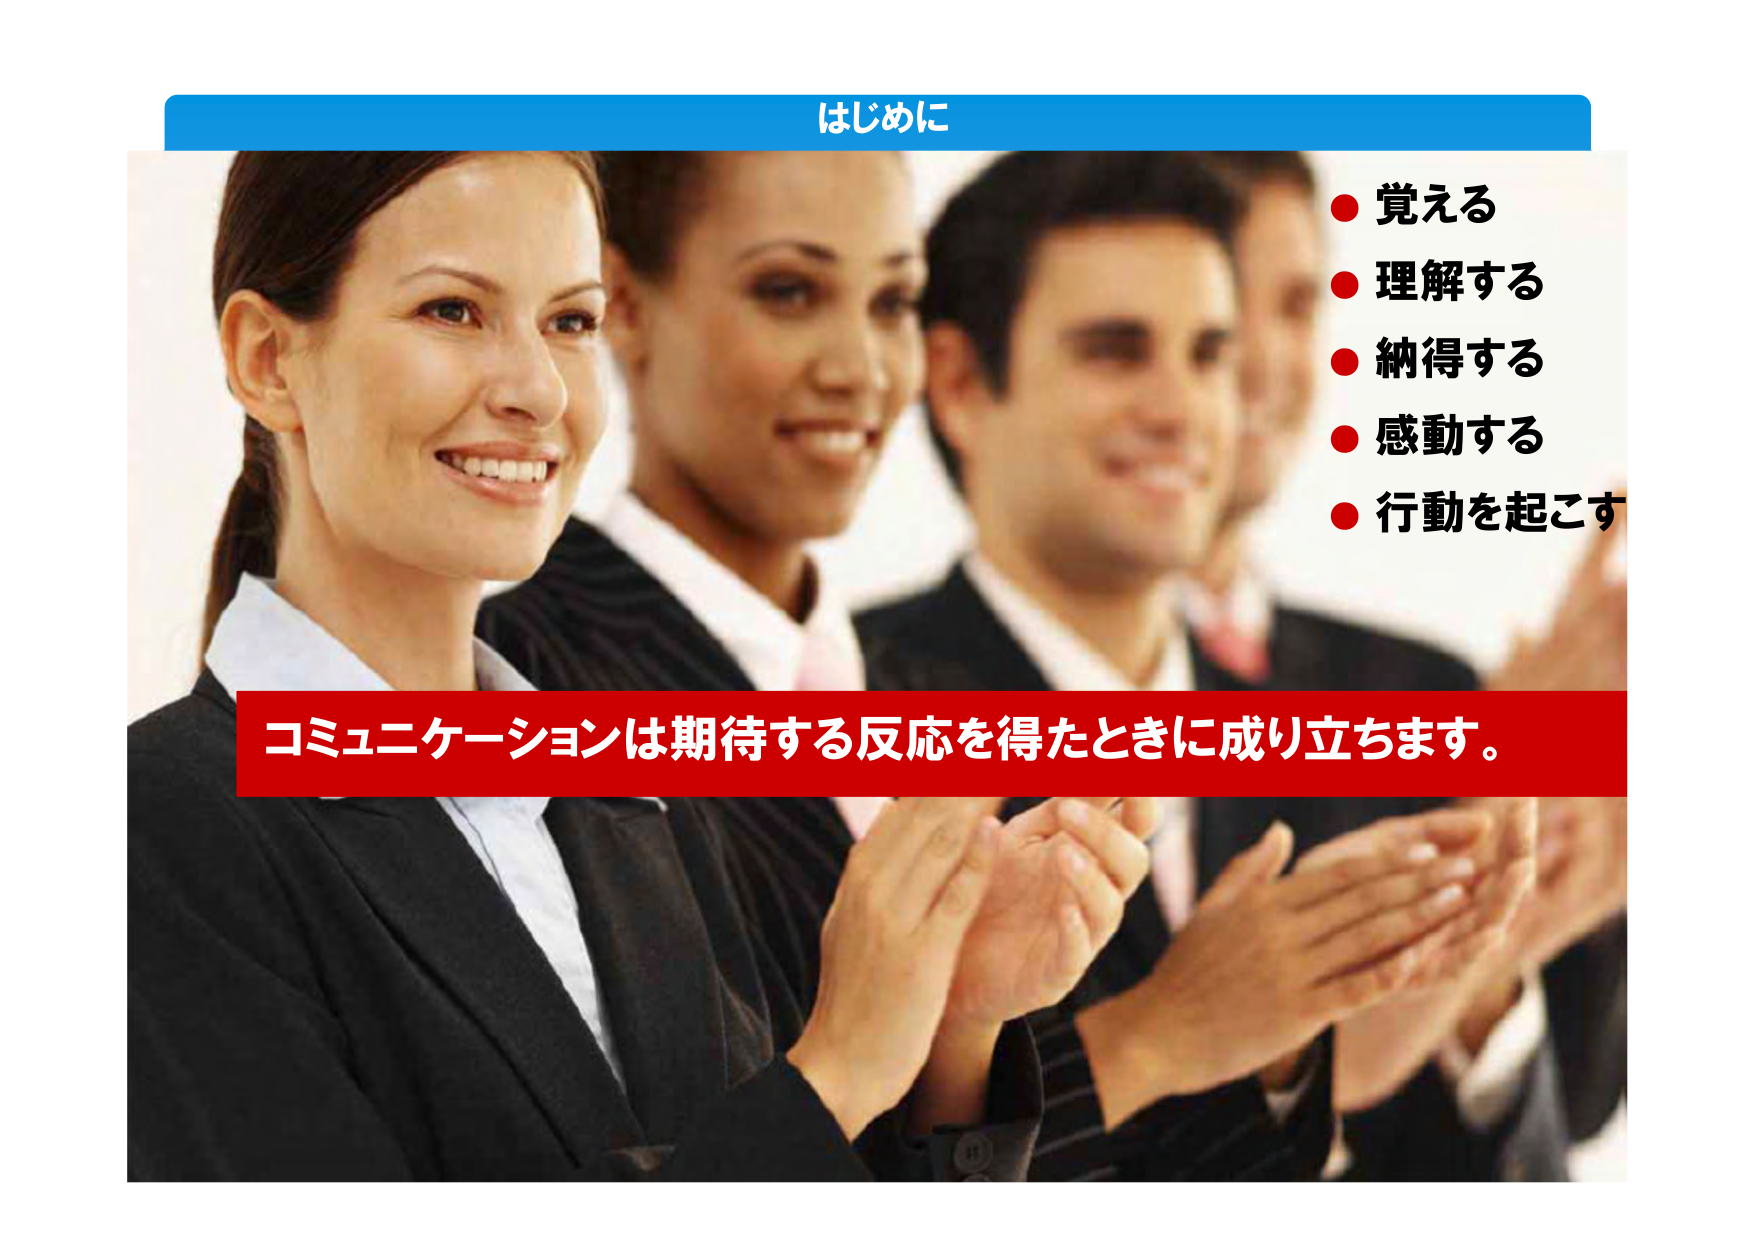
はじめに
● 覚える
● 理解する
● 納得する
● 感動する
● 行動を起こす
コミュニケーションは期待する反応を得たときに成り立ちます。